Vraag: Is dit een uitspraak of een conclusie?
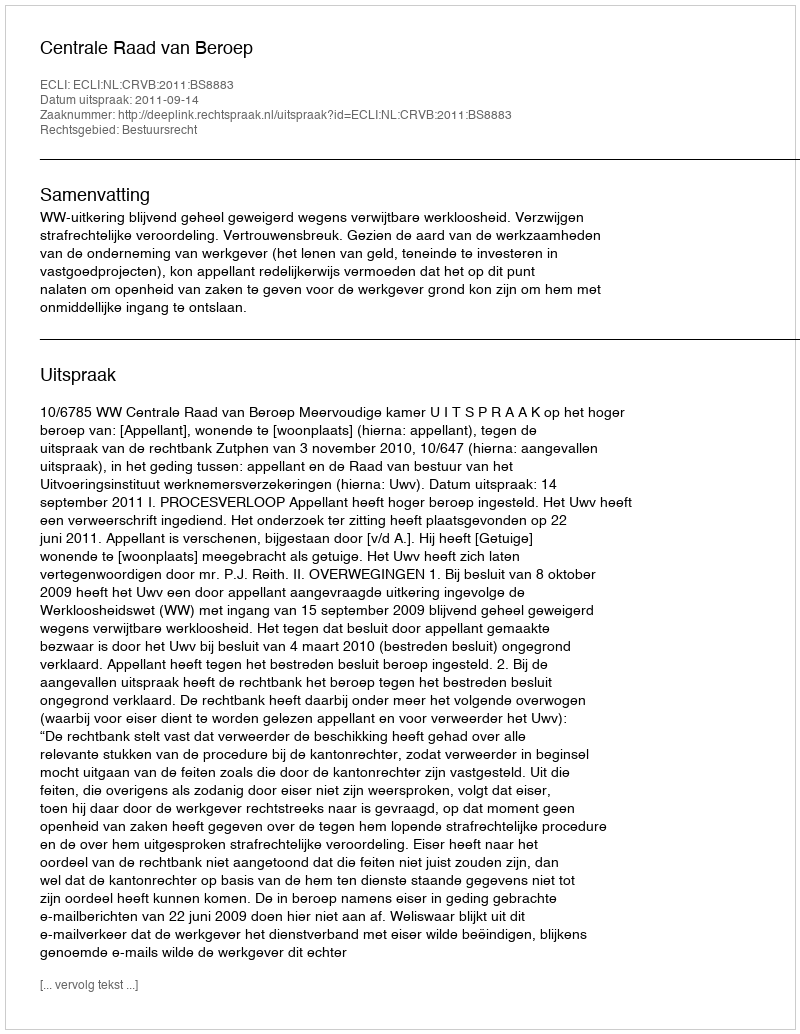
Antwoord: Uitspraak